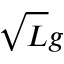
\sqrt { L } g